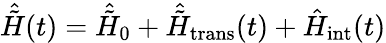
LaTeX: \hat{\tilde{H}}(t)=\hat{\tilde{H}}_{0}+\hat{\tilde{H}}_{\mathrm{trans}}(t)+\hat{H}_{\mathrm{int}}(t)